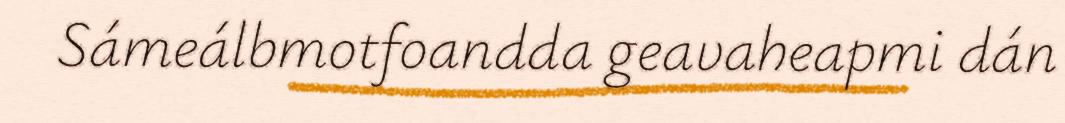
Sámeálbmotfoandda geavaheapmi dán